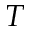
T